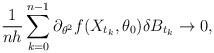
LaTeX: \begin{align*}\frac{1}{nh}\sum_{k=0}^{n-1}\partial_{\theta^{2}}f(X_{t_{k}},\theta_{0})\delta B_{t_{k}} \rightarrow 0,\end{align*}